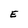
Character: E